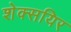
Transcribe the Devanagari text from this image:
शेक्सयिर